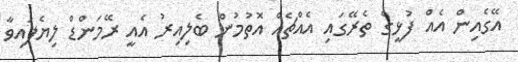
އޭގެއިން އެއް ފުޅީގެ ތެރޭގައި އެއްޗެއް އޮތުމުން ބެލިއިރު އެއީ ރޭމަންޑް ލިޔެފައިވާ